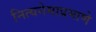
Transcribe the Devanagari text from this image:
नित्यनेमाप्रमाणे